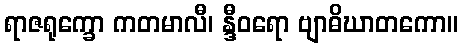
ရာဇရုက္ခော ကတမာလီ၊ န္ဒီဝရော ဗျာဓိဃာတကော။